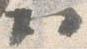
ハ